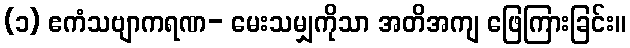
(၁) ဧကံသဗျာကရဏ- မေးသမျှကိုသာ အတိအကျ ဖြေကြားခြင်း။